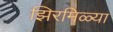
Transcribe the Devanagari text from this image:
झिरमिळ्या